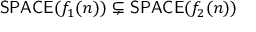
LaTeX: { \mathsf { S P A C E } } ( f _ { 1 } ( n ) ) \subsetneq { \mathsf { S P A C E } } ( f _ { 2 } ( n ) )